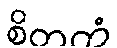
စိတကံ